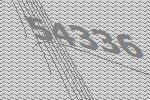
54336